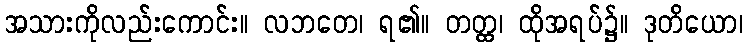
အသားကိုလည်းကောင်း။ လဘတေ၊ ရ၏။ တတ္ထ၊ ထိုအရပ်၌။ ဒုတိယော၊